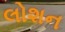
લોશન